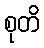
စုတိ